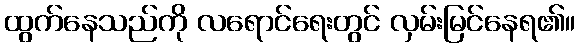
ထွက်နေသည်ကို လရောင်ရေးတွင် လှမ်းမြင်နေရ၏။